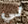
لي